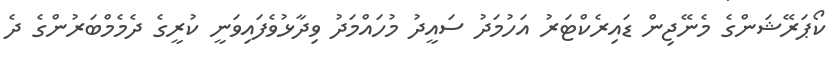
ކޯޕަރޭޝަންގެ މެނޭޖިން ޑައިރެކްޓަރު އަހުމަދު ސައީދު މުހައްމަދު ވިދާޅުވެފައިވަނީ ކުރީގެ ދެމެމްބަރުންގެ ދެ